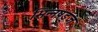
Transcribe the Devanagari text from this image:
भिन्नषड्ज